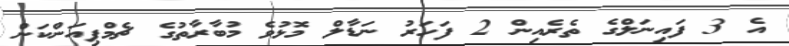
އެ 3 ފައިނަލްގެ ތެރެއިން 2 ފަހަރު ނަޑާލް މޮޅުވެ މުބާރާތުގެ ޗެމްޕިއަންކަން